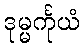
ဒုမ္မင်္ကုယံ